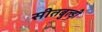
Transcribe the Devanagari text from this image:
सीतबुल्ड़ी